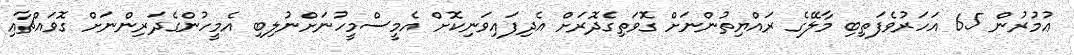
ޢުމުރުން 65 އަހަރުވެފަތިބި މާލޭގެ ރައްޔިތުންނަށް ގޮވަތިގެދޮރަށް އެދިފައިވަނިކޮށް އެމީސްމީހުނަށްނުލިބި އެމީހުންގެދަރިންނަށް ގޮވައްޗާއި